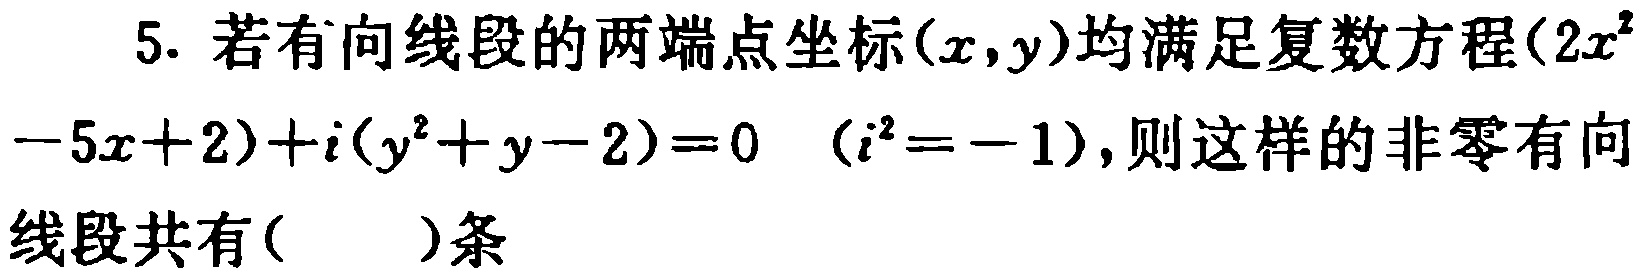
5. 若有向线段的两端点坐标\((x,y)\)均满足复数方程\((2x^{2}-5x + 2)+i(y^{2}+y - 2)=0\)（\(i^{2}=-1\)），则这样的非零有向线段共有( )条